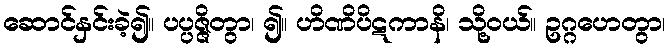
ဆောင်နှင်းခဲ့၍။ ပပ္ပဇ္ဇိတွာ၊ ၍။ ဟိဏိပိဋကာနိ၊ သို့ဝယ်။ ဥဂ္ဂဟေတွာ၊